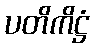
ပတိကိဋ္ဌံ